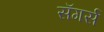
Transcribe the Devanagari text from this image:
सॅगर्स